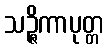
သဉ္ဇိကာပုတ္တ